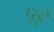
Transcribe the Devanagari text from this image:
पूड़े